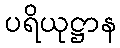
ပရိယုဋ္ဌာန